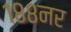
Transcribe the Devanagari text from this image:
१८८नर